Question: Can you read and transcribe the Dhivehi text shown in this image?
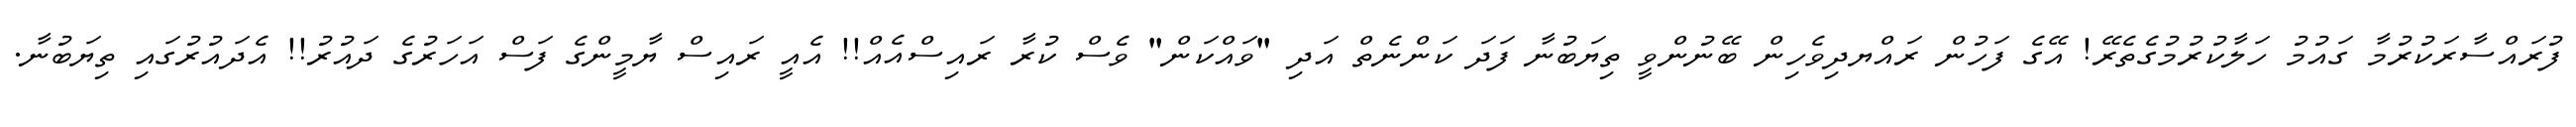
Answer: ފުރައްސާރަކުރުމާ ގައުމު ހަލާކުރުމުގެތެރޭ! އޭގެ ފަހުން ރައްޔދިވެހިން ބޭނުންވީ ތިޔަބުނާ ފަދަ ކަންނެތް އަދި "ވައްކަން" ވެސް ކުރާ ރައިސްއެއް!! އެއީ ރައިސް ޔާމީންގެ ފަސް އަހަރުގެ ދައުރު!! އެދައުރުގައި ތިޔަބުނާ.